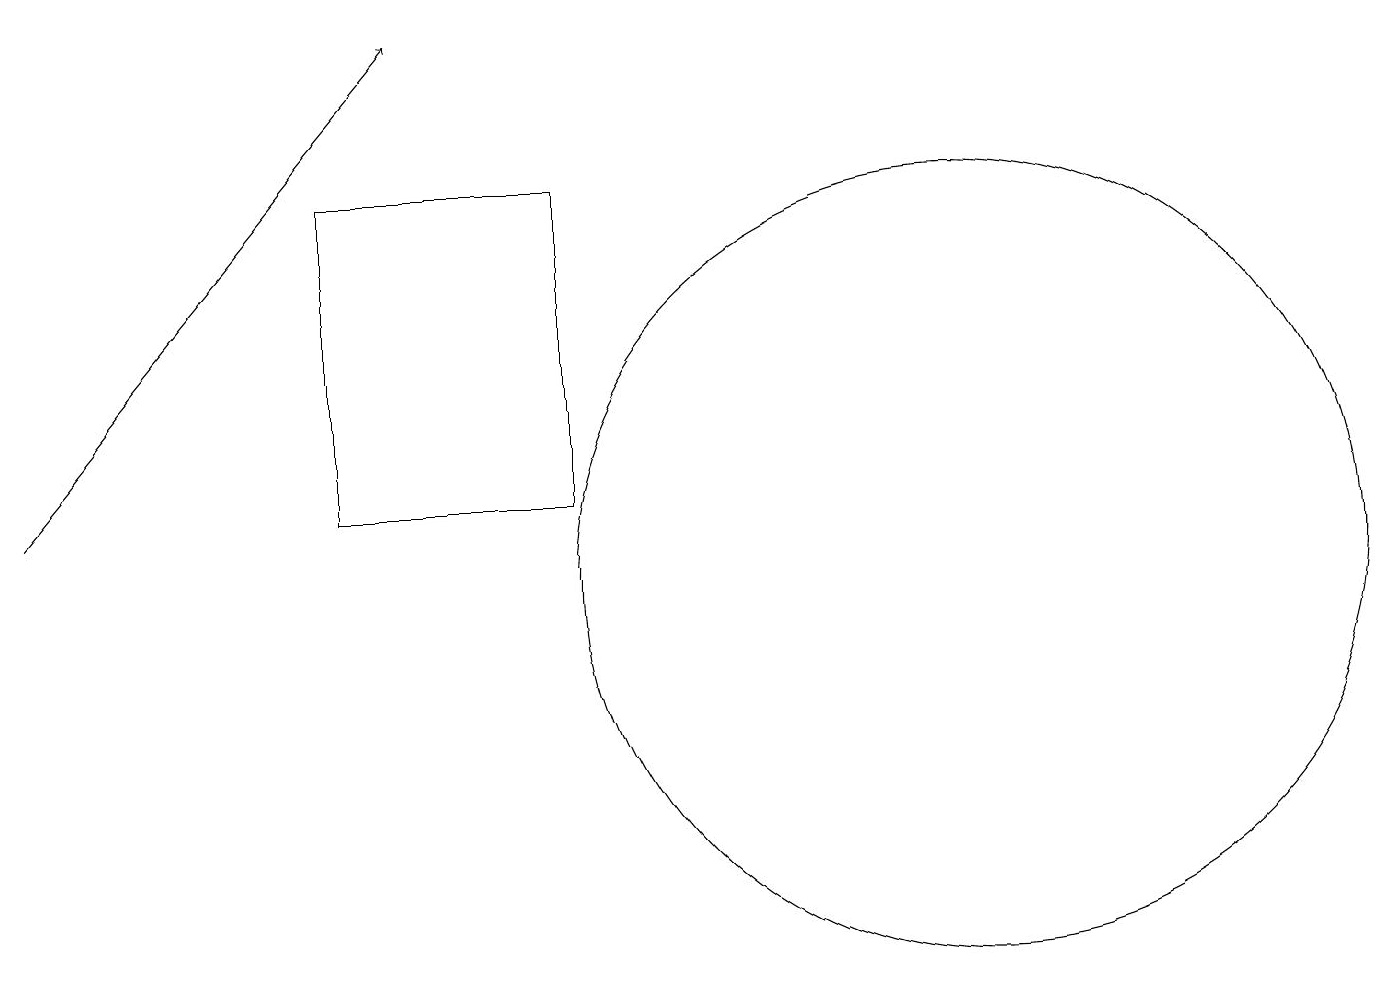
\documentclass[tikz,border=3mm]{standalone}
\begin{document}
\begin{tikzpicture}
\draw (4,16) rectangle (7,12);
\draw[->] (0,12) -- (5,18);
\draw (12,11) circle (5);
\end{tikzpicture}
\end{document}